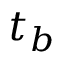
t _ { b }